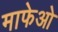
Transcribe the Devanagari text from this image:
माफेओ